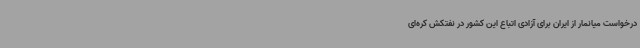
درخواست میانمار از ایران برای آزادی اتباع این کشور در نفتکش کره‌ای